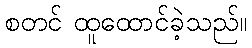
စတင် ထူထောင်ခဲ့သည်။